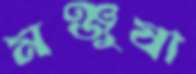
মঞ্জুষা